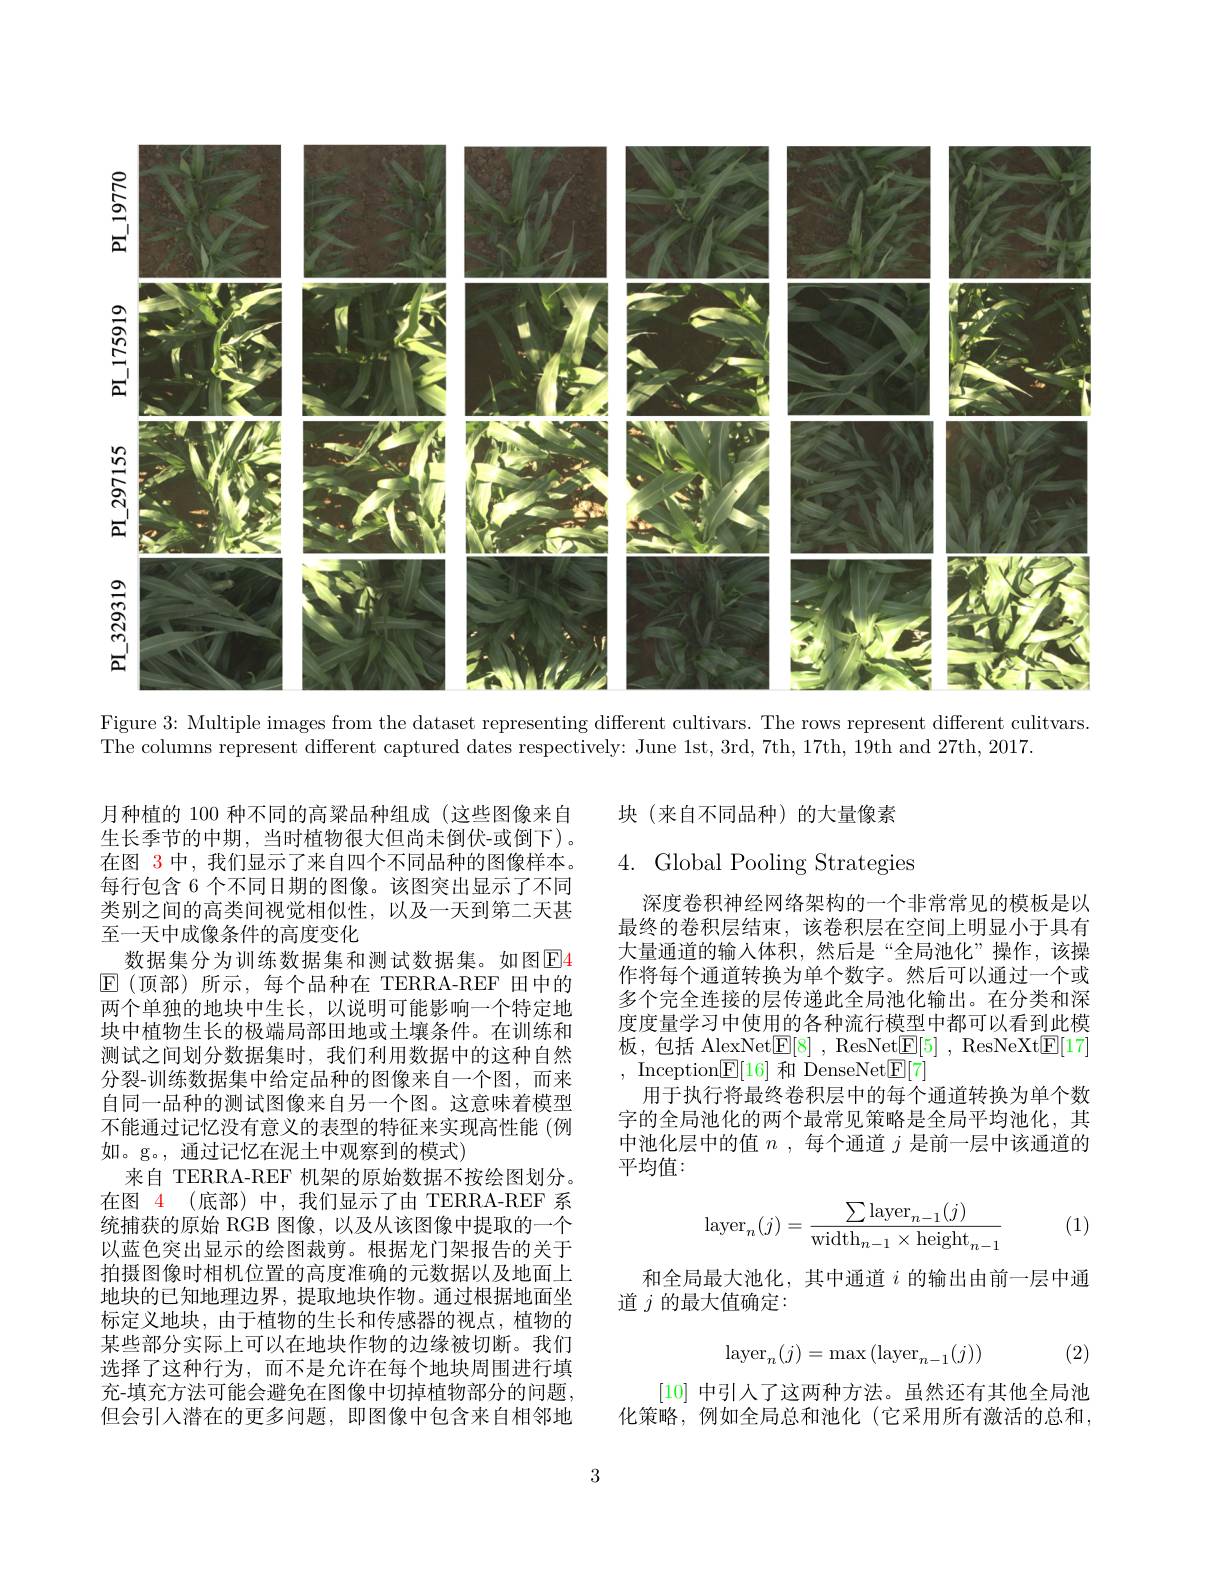
<FigureHere>

Figure 3: Multiple images from the dataset representing different cultivars. The rows represent different culitvars.

The columns represent different captured dates respectively: June 1st, 3rd, 7th, 17th, 19th and 27th, 2017.

块(来自不同品种)的大量像素

4. Global Pooling Strategies

深度卷积神经网络架构的一个非常常见的模板是以最终的卷积层结束，该卷积层在空间上明显小于具有大量通道的输入体积，然后是“全局池化”操作，该操作将每个通道转换为单个数字。然后可以通过一个或多个完全连接的层传递此全局池化输出。在分类和深度度量学习中使用的各种流行模型中都可以看到此模板，包括 AlexNet$\boxed{\mathrm{F} }[ 8]$ , ResNet$\boxed{\mathrm{F} }[ 5]$ , ResNeXt$\boxed{\mathrm{F}}[17]$ , Inception$\underline{\mathbb{E}}[16]$和 DenseNet$\underline{\mathbb{E}}[7]$
用于执行将最终卷积层中的每个通道转换为单个数字的全局池化的两个最常见策略是全局平均池化，其中池化层中的值$n$,每个通道$j$是前一层中该通道的平均值：

月种植的 100 种不同的高粱品种组成 (这些图像来自生长季节的中期，当时植物很大但尚未倒伏-或倒下)。在图 3 中，我们显示了来自四个不同品种的图像样本。每行包含 6 个不同日期的图像。该图突出显示了不同类别之间的高类间视觉相似性，以及一天到第二天甚至一天中成像条件的高度变化
数据集分为训练数据集和测试数据集。如图E4 $\boxed{\mathrm{E}}$(顶部)所示，每个品种在 TERRA-REF 田中的两个单独的地块中生长，以说明可能影响一个特定地块中植物生长的极端局部田地或土壤条件。在训练和测试之间划分数据集时，我们利用数据中的这种自然分裂-训练数据集中给定品种的图像来自一个图，而来自同一品种的测试图像来自另一个图。这意味着模型不能通过记忆没有意义的表型的特征来实现高性能 (例如。g。, 通过记忆在泥土中观察到的模式)
来自 TERRA-REF 机架的原始数据不按绘图划分。在图$\color{red}{4}$ (底部)中，我们显示了由 TERRA-REF 系统捕获的原始 RGB 图像，以及从该图像中提取的一个以蓝色突出显示的绘图裁剪。根据龙门架报告的关于拍摄图像时相机位置的高度准确的元数据以及地面上地块的已知地理边界，提取地块作物。通过根据地面坐标定义地块，由于植物的生长和传感器的视点，植物的某些部分实际上可以在地块作物的边缘被切断。我们选择了这种行为，而不是允许在每个地块周围进行填充-填充方法可能会避免在图像中切掉植物部分的问题， 但会引人潜在的更多问题，即图像中包含来自相邻地
$$\mathrm{layer}_n(j)=\frac{\sum\mathrm{layer}_{n-1}(j)}{\mathrm{width}_{n-1}\times\mathrm{height}_{n-1}}$$
(1)

和全局最大池化，其中通道$i$的输出由前一层中通
道$j$的最大值确定：
$$\operatorname{layer}_n(j)=\max{(\operatorname{layer}_{n-1}(j))}$$
(2)

[10]中引人了这两种方法。虽然还有其他全局池化策略，例如全局总和池化(它采用所有激活的总和，

3